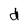
Character: d